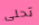
تحلى